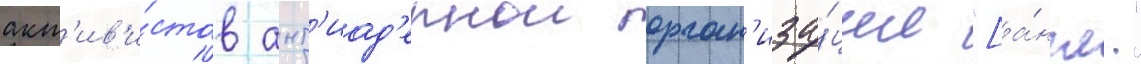
акт'ив'и́стов ант'иад'ернои орган'иза́ции "[а́нгл."